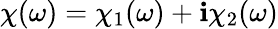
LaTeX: \chi(\omega)=\chi_{1}(\omega)+\mathbf{i}\chi_{2}(\omega)